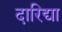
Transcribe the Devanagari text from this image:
दारिद्या